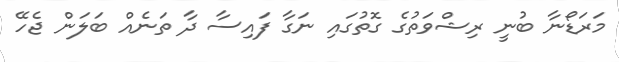
މަރަޑޯނާ ބުނީ ރިޝްވަތުގެ ގޮތުގައި ނަގާ ފައިސާ ދާ ތަނެއް ބަލަން ޖެހޭ